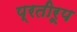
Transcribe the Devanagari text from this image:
प्रतीरूप